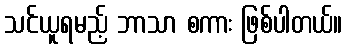
သင်ယူရမည့် ဘာသာ စကား ဖြစ်ပါတယ်။